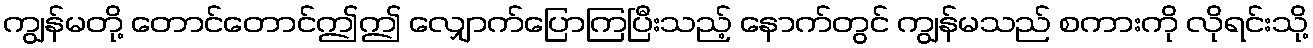
ကျွန်မတို့ တောင်တောင်ဤဤ လျှောက်ပြောကြပြီးသည့် နောက်တွင် ကျွန်မသည် စကားကို လိုရင်းသို့